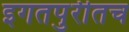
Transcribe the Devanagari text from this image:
इगतपुरीतच